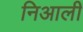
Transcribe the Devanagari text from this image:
निआली